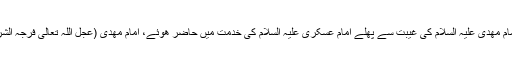
”ابو نصر“ امام حسن عسکری علیہ السلام کےخادم،امام مھدی علیہ السلام کی غیبت سے پھلے امام عسکری علیہ السلام کی خدمت میں حاضر ھوئے، امام مھدی (عجل اللہ تعالیٰ فرجہ الشریف) نے ان سے سوال کیا: کیا مجھے پہچانتے ھو؟